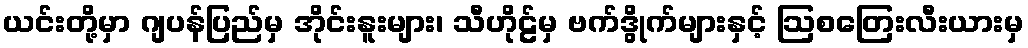
ယင်းတို့မှာ ဂျပန်ပြည်မှ အိုင်းနူးများ၊ သီဟိုဠ်မှ ဗက်ဒွိုက်များနှင့် ဩစတြေးလီးယားမှ